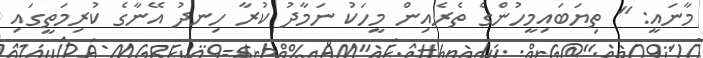
މާނައީ: " ތިޔަބައިމީހުންގެ ތެރެއިން މީހަކު ނަމާދު ކުރާ ހިނދު އޭނާގެ ކުރިމަތީގައި